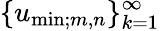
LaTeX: \{ u_{\mathrm{min};m,n}\} _{k=1}^{\infty}